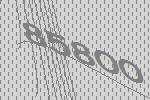
85800